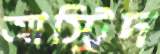
আস্ট্রিদ